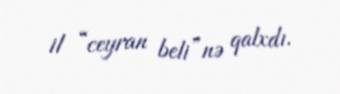
il “ceyran beli”nə qalxdı.